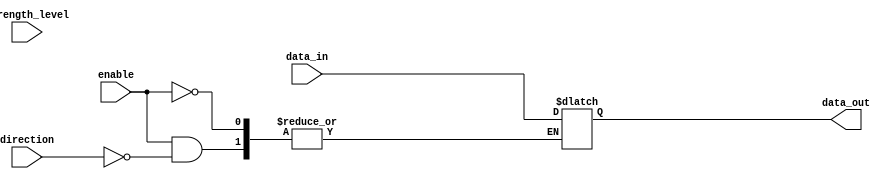
module IO_blocks_compensated_buffer (
    input wire enable,
    input wire data_in,
    input wire direction,
    input wire strength_level,
    output wire data_out
);

// Buffer logic
reg buffer;

always @ (enable, data_in, direction, strength_level)
begin
    if (enable)
    begin
        if (direction)
            data_out <= buffer ? data_in : 1'bz;
        else
            buffer <= data_in;
        
        case (strength_level)
            2'b00: buffer <= buffer;
            2'b01: buffer <= data_in;
            2'b10: buffer <= buffer ? data_in : 1'bz;
            2'b11: buffer <= 1'bz;
        endcase
    end
end

endmodule